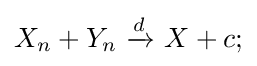
X_{n}+Y_{n}\ {\xrightarrow {d}}\ X+c;